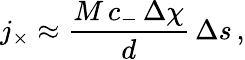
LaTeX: j_{\times}\approx\frac{M\, c_{-}\, \Delta\chi}{d}\, \Delta s\, ,